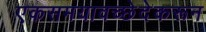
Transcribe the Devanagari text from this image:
एकसमयावच्छेदेकरून